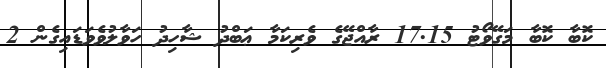
ކޮބާ ކޮބާ މަގޭވޯޓު 17.15 ރާއްޖޭގެ ވެރިކަމާ ޢަބްދު ޝާހިދު ހަވާލުވެވަޑައިގެން 2